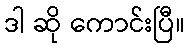
ဒါ ဆို ကောင်းပြီ။